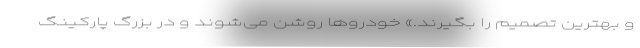
و بهترین تصمیم را بگیرند.» خودروها روشن می‌شوند و در بزرگ پارکینگ